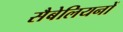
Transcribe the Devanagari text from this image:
सैबेलियनों